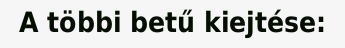
A többi betű kiejtése: